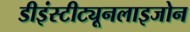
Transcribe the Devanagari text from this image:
डीइंस्टीट्यूनलाइजोन